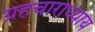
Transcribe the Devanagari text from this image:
ग्रहचाराध्याय